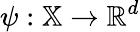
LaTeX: \psi:\mathbb{X}\to\mathbb{R}^{d}